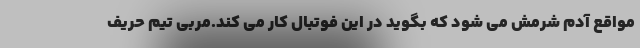
مواقع آدم شرمش می شود که بگوید در این فوتبال کار می کند.مربی تیم حریف